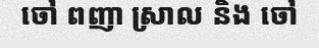
ចៅ ពញា ស្រាល និង ចៅ